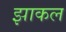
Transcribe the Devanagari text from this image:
झाकल